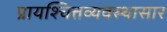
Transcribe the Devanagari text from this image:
प्रायश्चित्तव्यवस्थासार